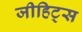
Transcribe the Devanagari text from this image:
जीहिट्स